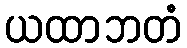
ယထာဘတံ